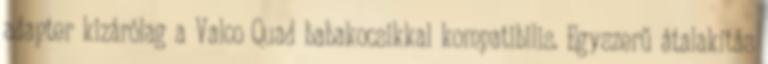
adapter kizárólag a Valco Quad babakocsikkal kompatibilis. Egyszerű átalakítás